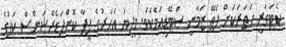
ކެޓަގަރީ ހަތަރަކަށް ފެތޭ ޒަމާނީ ސްޓޭޑިއަމެކެވެ. މިދިޔަ އަހަރުގެ ފީފާ ކޮންފަޑެރޭޝަންސް ކަޕުގެ